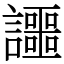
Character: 讍